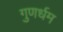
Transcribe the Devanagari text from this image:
गुणर्धम